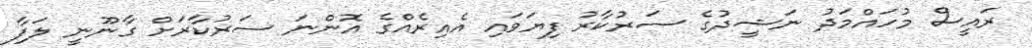
ރައީސް މުހައްމަދު ނަޝީދުގެ ސަރުކާރު ފިޔަވައި އެއިރެއްގެ އޮންނަ ސަރުކާރަށް ގާނޫނީ ލަފާ